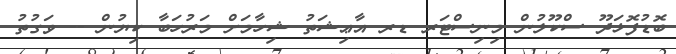
ބޮޑުފޮޅަދޫ ސްކޫލުން މިނިސްޓަރ ޑރ އާޢިޝަތު ޝިހާމަށް މަރުހަބާ ކިޔުން -- ވަގުތު